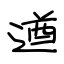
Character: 遒